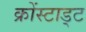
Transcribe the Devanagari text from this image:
क्रोंस्टाड्ट